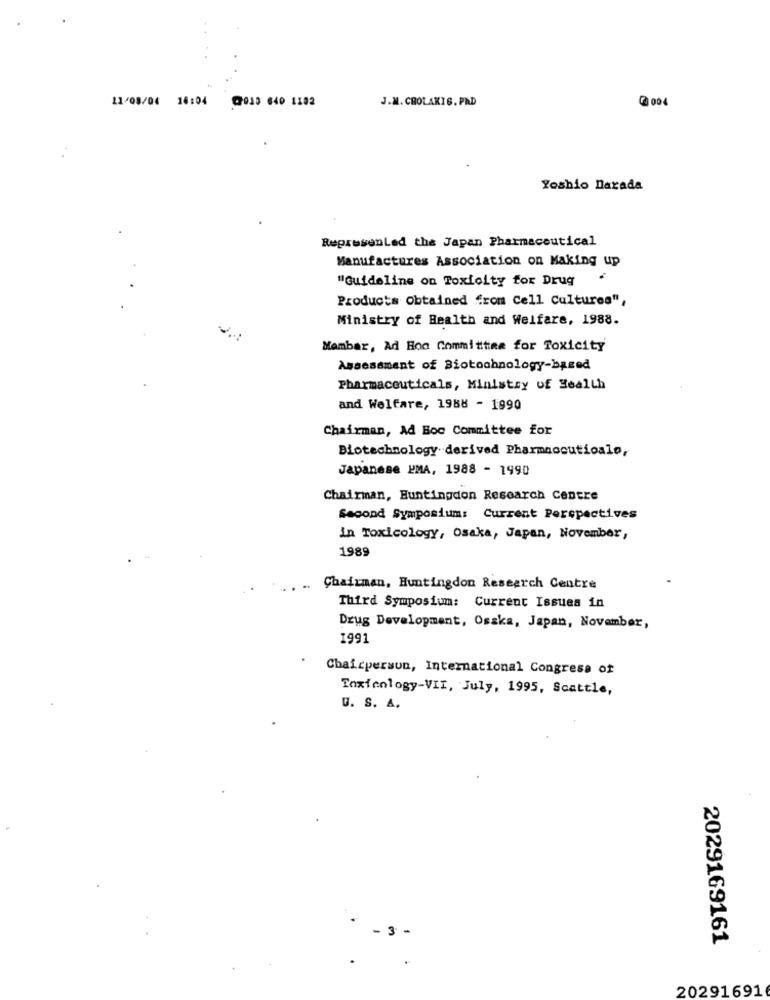
11/08/04 16:04
@013 640 1102
J.M. CHOLAKIS. PRD
2 004
Yoshio Darada
RepresenLed the Japan Pharmaceutical
Manufactures Association on Making up
"Guideline on Toxicity for Drug
Products Obtained from Cell Cultures",
Ministry of Health and Welfare, 1988.
Mambar, Ad Hoc Committee for Toxicity
Assessment of Biotechnology-based
Pharmaceuticals, Ministry of Health
and Welfare, 1988 - 1990
Chairman, Ad Boc Committee for
Biotechnology derived Pharmaceuticalo,
Japanese PMA, 1988 - 1990
Chairman, Huntingdon Research Centre
Second Symposium: Current Perspectives
in Toxicology, Osaka, Japan, November,
1989
Chairman, Huntingdon Research Centre
Third Symposium: Current Issues in
Drug Development, Osaka, Japan, November,
1991
Chairperson, International Congress of
Toxicology-VII, July, 1995, Scattle,
U. S. A.
.- 3-
2029169161
202916916